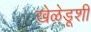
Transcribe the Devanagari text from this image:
खेळेडूशी